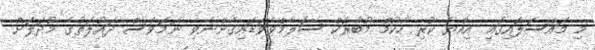
މި މައްސަލައިގައި އިއްޔެ ކުރި ހުކުމް މުބާރަކް ސަލާމްވެވަޑައިގެންނެވި ނަމަވެސް ދައުލަތުގެ މުދަލަށް